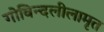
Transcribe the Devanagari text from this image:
गोविन्दलीलामृत